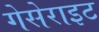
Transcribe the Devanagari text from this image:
गेसेराइट